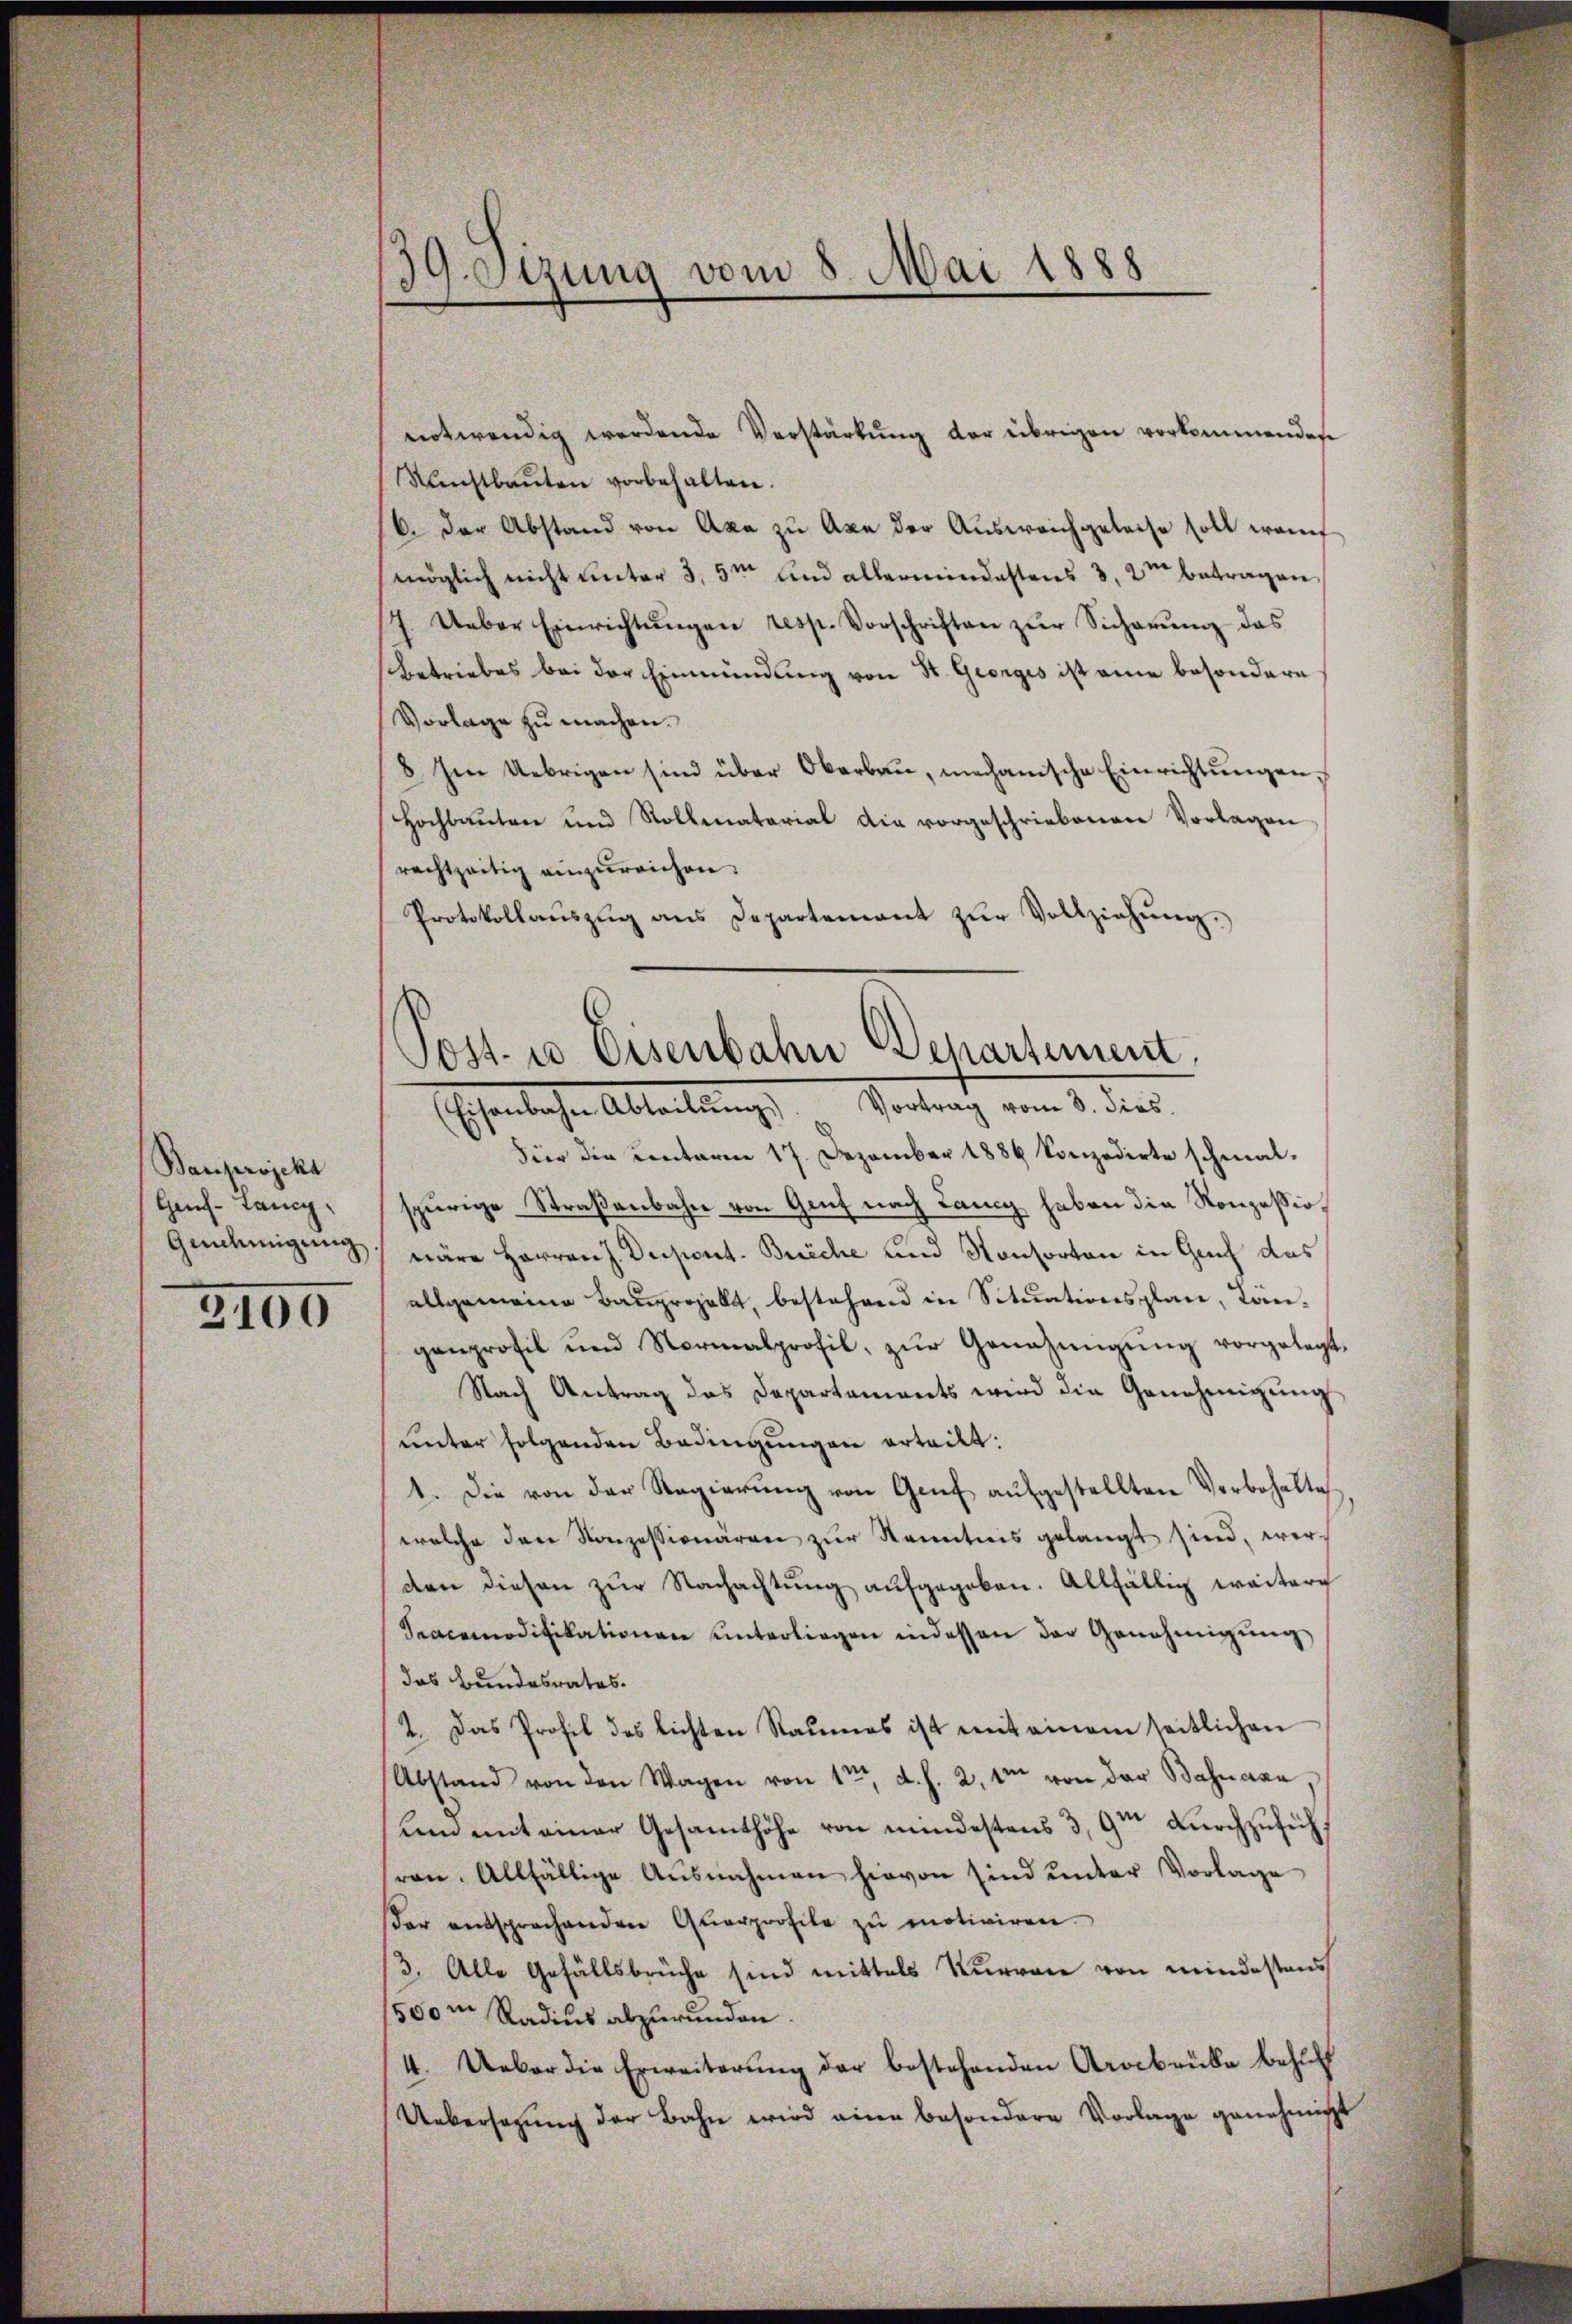
Bauprojekt
Hans-Lang
Genehmigung

2100

39. Setzung vom 8. Mai 1888

notwendig werdende Verstärkung der übrigen vorkommendes
Kunstbaŭten vorbehalten.
/6. Der Abstand von Axa zu Axe der Ausweichgeleise soll wa
möglich nicht unter 3,5m und allermindestens 3, 2m betragen
J. Ueber Einrichtŭngen resp. Vorschriften zŭr Sicherŭng das
Betriebes bei der Einmündung von St. Georges ist eine besondern
Vorlage zu machen.
8 Im Uebrigen sind über Oberbaŭ, mechanische Einrichtŭngen,
Hochbauten und Rollematorial die vorgeschriebenen Vorlagen
rachtzeitig einzureichen.
Protokollaŭszŭg ans Departement zŭr Vollziehŭng.

Post- u Eisenbahn Behartement,
(Eisenbahn Abteilŭng. Vortrag vom 8. dies.

Fier die Centerm 17. Dezember 1886 konzedirte schmal-
spürige Straßenbahn von Genf nach Lang haben die Konzessiowäre Herren J. Dupont. Büche und Konsorten in Gruf das
allgemeine Bauprojekt, bestehend in Situationsplan, Langanprofil und Normalprofil, zŭr Genehmigŭng vorgelegt.
Nach Antrag das Departements wird die Genehmigŭng
unter folgenden Bedingungen erteilt:
1. Die von der Regierŭng von Genf aŭfgestellten Vorbehalte
welche der Konzessionären zŭr Kenntnis gelangt sind, werden diesen zŭr Nachachtŭng aŭfgegeben. Allfällig weitere
Sracomodifikationen unterliegen indessen der Genehmigŭng
das Bundesrates.
2. Das Profes des lichten Raumes ist mit einem seitlichen
Abstand von den Wagen von 1ter d. h. 2. 1 von der Bahnasa,
un mit einer Gesamthöhe von mindestens 3,9m durchzusucht
ren. Allfällige Ausnahmen hievon sind unter Vorlage
der entsprechenden Qŭarprofile zŭ motiviren.
3. Alle Gefällsbrüche sind mittels Kurrone von mindestens
500m Radius abzurunden.
4. Ueber die Erweiterung der bestehenden Aracbrüke behuf
Uebersagung der Bahn wird eine besondere Vorlage genehmigt